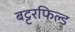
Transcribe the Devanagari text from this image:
बट्टरफिल्ड